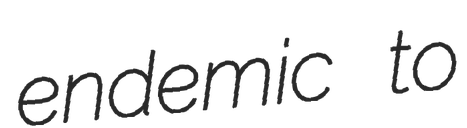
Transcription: endemic to